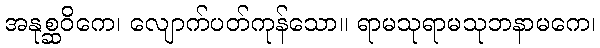
အနုစ္ဆဝိကေ၊ လျောက်ပတ်ကုန်သော။ ရာမသုရာမသုဘနာမကေ၊